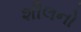
શીલનો